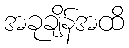
အခုချိန်အထိ